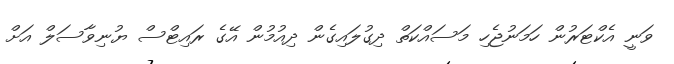
ވަނީ އެކްޓަރުން ހަމަނުޖެހި މަސައްކަތް ދިގުލައިގެން ދިއުމުން އޭގެ ރައިޓްސް ޔުނިވާސަލް އަށް